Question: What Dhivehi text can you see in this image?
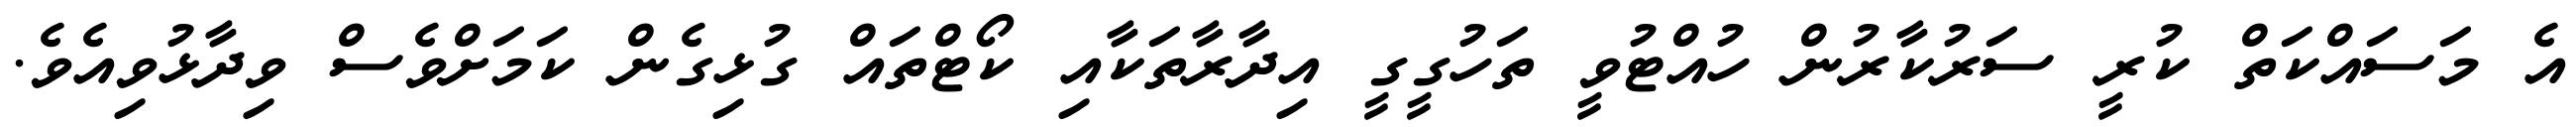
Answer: އެ މަސައްކަތް ކުރީ ސަރުކާރުން ހުއްޓުވީ ތަހުގީގީ އިދާރާތަކާއި ކޯޓްތައް ގުޅިގެން ކަމަށްވެސް ވިދާޅުވިއެވެ.